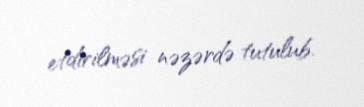
etdirilməsi nəzərdə tutulub.